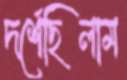
দর্শেছিলাম